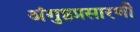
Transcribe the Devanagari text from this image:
अंगुष्ठप्रसारणी